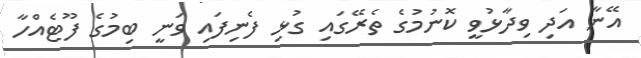
އޭނާ އަދި ވިދާޅުވީ ކޮނުމުގެ ތެރޭގައި ގުޅި ފެނިފައި ވަނީ ބިމުގެ ފޫޓެއްހާ